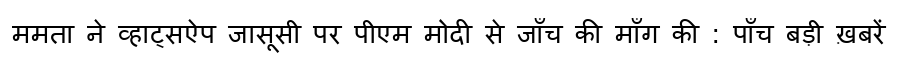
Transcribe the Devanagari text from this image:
ममता ने व्हाट्सऐप जासूसी पर पीएम मोदी से जाँच की माँग की : पाँच बड़ी ख़बरें